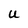
Character: U